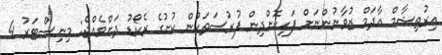
އިރުތިޝާމް އާދަމް ޒުވާނުންނަށް ފަހިކޮށްދިން ފުރުސަތަކުން ކުށުގެ ރެކޯޑު ދަށްވެއްޖެ: މިނިސްޓަރު 4